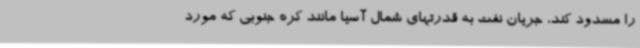
را مسدود کند، جریان نفت به قدرتهای شمال آسیا مانند کره جنوبی که مورد